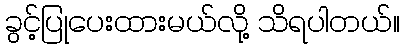
ခွင့်ပြုပေးထားမယ်လို့ သိရပါတယ်။